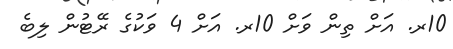
10ރ. އަށް ތިން ވަށް 10ރ. އަށް 4 ވަކުގެ ރޭޓުން ލިބެ